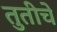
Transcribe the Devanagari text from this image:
तुतीचे